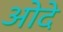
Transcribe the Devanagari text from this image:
ओदे